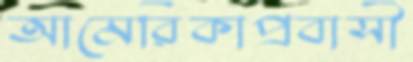
আমেরিকাপ্রবাসী